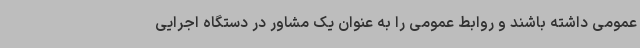
عمومی داشته باشند و روابط عمومی را به عنوان یک مشاور در دستگاه اجرایی